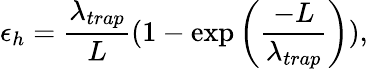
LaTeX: {\epsilon_{h}}={\frac{\lambda_{trap}}{L}}{(1-\exp\left(\frac{-L}{\lambda_{trap}}\right))},